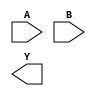

`define MAX(a,b) (a >  b ? a : b)

`ifndef Y_MIN_WIDTH
`define Y_MIN_WIDTH   1
`endif

`ifndef REDUCE_SIGNED
`define REDUCE_SIGNED 0
`endif

(* techmap_celltype = "$add" *)
module add_reduce (A, B, Y);
    parameter A_SIGNED = 0;
    parameter B_SIGNED = 0;
    parameter A_WIDTH = 1;
    parameter B_WIDTH = 1;
    parameter Y_WIDTH = 1;

    (* force_downto *)
    input [A_WIDTH-1:0] A;
    (* force_downto *)
    input [B_WIDTH-1:0] B;
    (* force_downto *)
    output [Y_WIDTH-1:0] Y;

    localparam SIGNED_ADDER = (A_SIGNED == 1 && B_SIGNED == 1);

    generate 
        if (Y_WIDTH <= `Y_MIN_WIDTH) begin
            // Can't make Y smaller than a predefined size.
            wire _TECHMAP_FAIL_ = 1;    
        end
        else if (Y_WIDTH <= A_WIDTH+1) begin
            // Output is already at minimal size.
            wire _TECHMAP_FAIL_ = 1;    
        end
        else if (SIGNED_ADDER && !`REDUCE_SIGNED) begin
            // Don't reduce a signed adder unless explicitly enabled.
            wire _TECHMAP_FAIL_ = 1;    
        end
        else if (B_WIDTH > A_WIDTH) begin
            // Normalizate to guarantee that the A input will always be 
	    // larger than the B input for the main transformation.
            \$add #(
                .A_SIGNED(B_SIGNED), 
                .B_SIGNED(A_SIGNED), 
                .A_WIDTH(B_WIDTH),
                .B_WIDTH(A_WIDTH),
                .Y_WIDTH(Y_WIDTH)
            ) _TECHMAP_REPLACE_ (
                .A(B), 
                .B(A), 
                .Y(Y)
            );
        end
        else begin
            // Actual output reduction transformation
            // Y is too large and can be truncated.
            localparam ADDER_WIDTH  = `MAX(`Y_MIN_WIDTH, A_WIDTH+1);

            \$add #(
                .A_SIGNED(A_SIGNED), 
                .B_SIGNED(B_SIGNED), 
                .A_WIDTH(A_WIDTH),
                .B_WIDTH(B_WIDTH),
                .Y_WIDTH(ADDER_WIDTH)
            ) _TECHMAP_REPLACE_ (
                .A(A), 
                .B(B), 
                .Y(Y[ADDER_WIDTH-1:0]) 
            );
            assign Y[Y_WIDTH-1:ADDER_WIDTH] = { (Y_WIDTH-ADDER_WIDTH){SIGNED_ADDER ? Y[ADDER_WIDTH-1] : 1'b0} };
        end
    endgenerate

    
endmodule